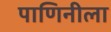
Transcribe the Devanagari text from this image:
पाणिनीला